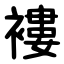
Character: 褸